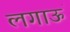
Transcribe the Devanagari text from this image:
लगाऊँ